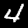
Digit: 4